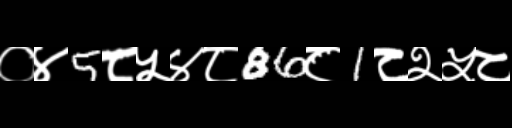
Text: ०४5८५४८86८1८२५८